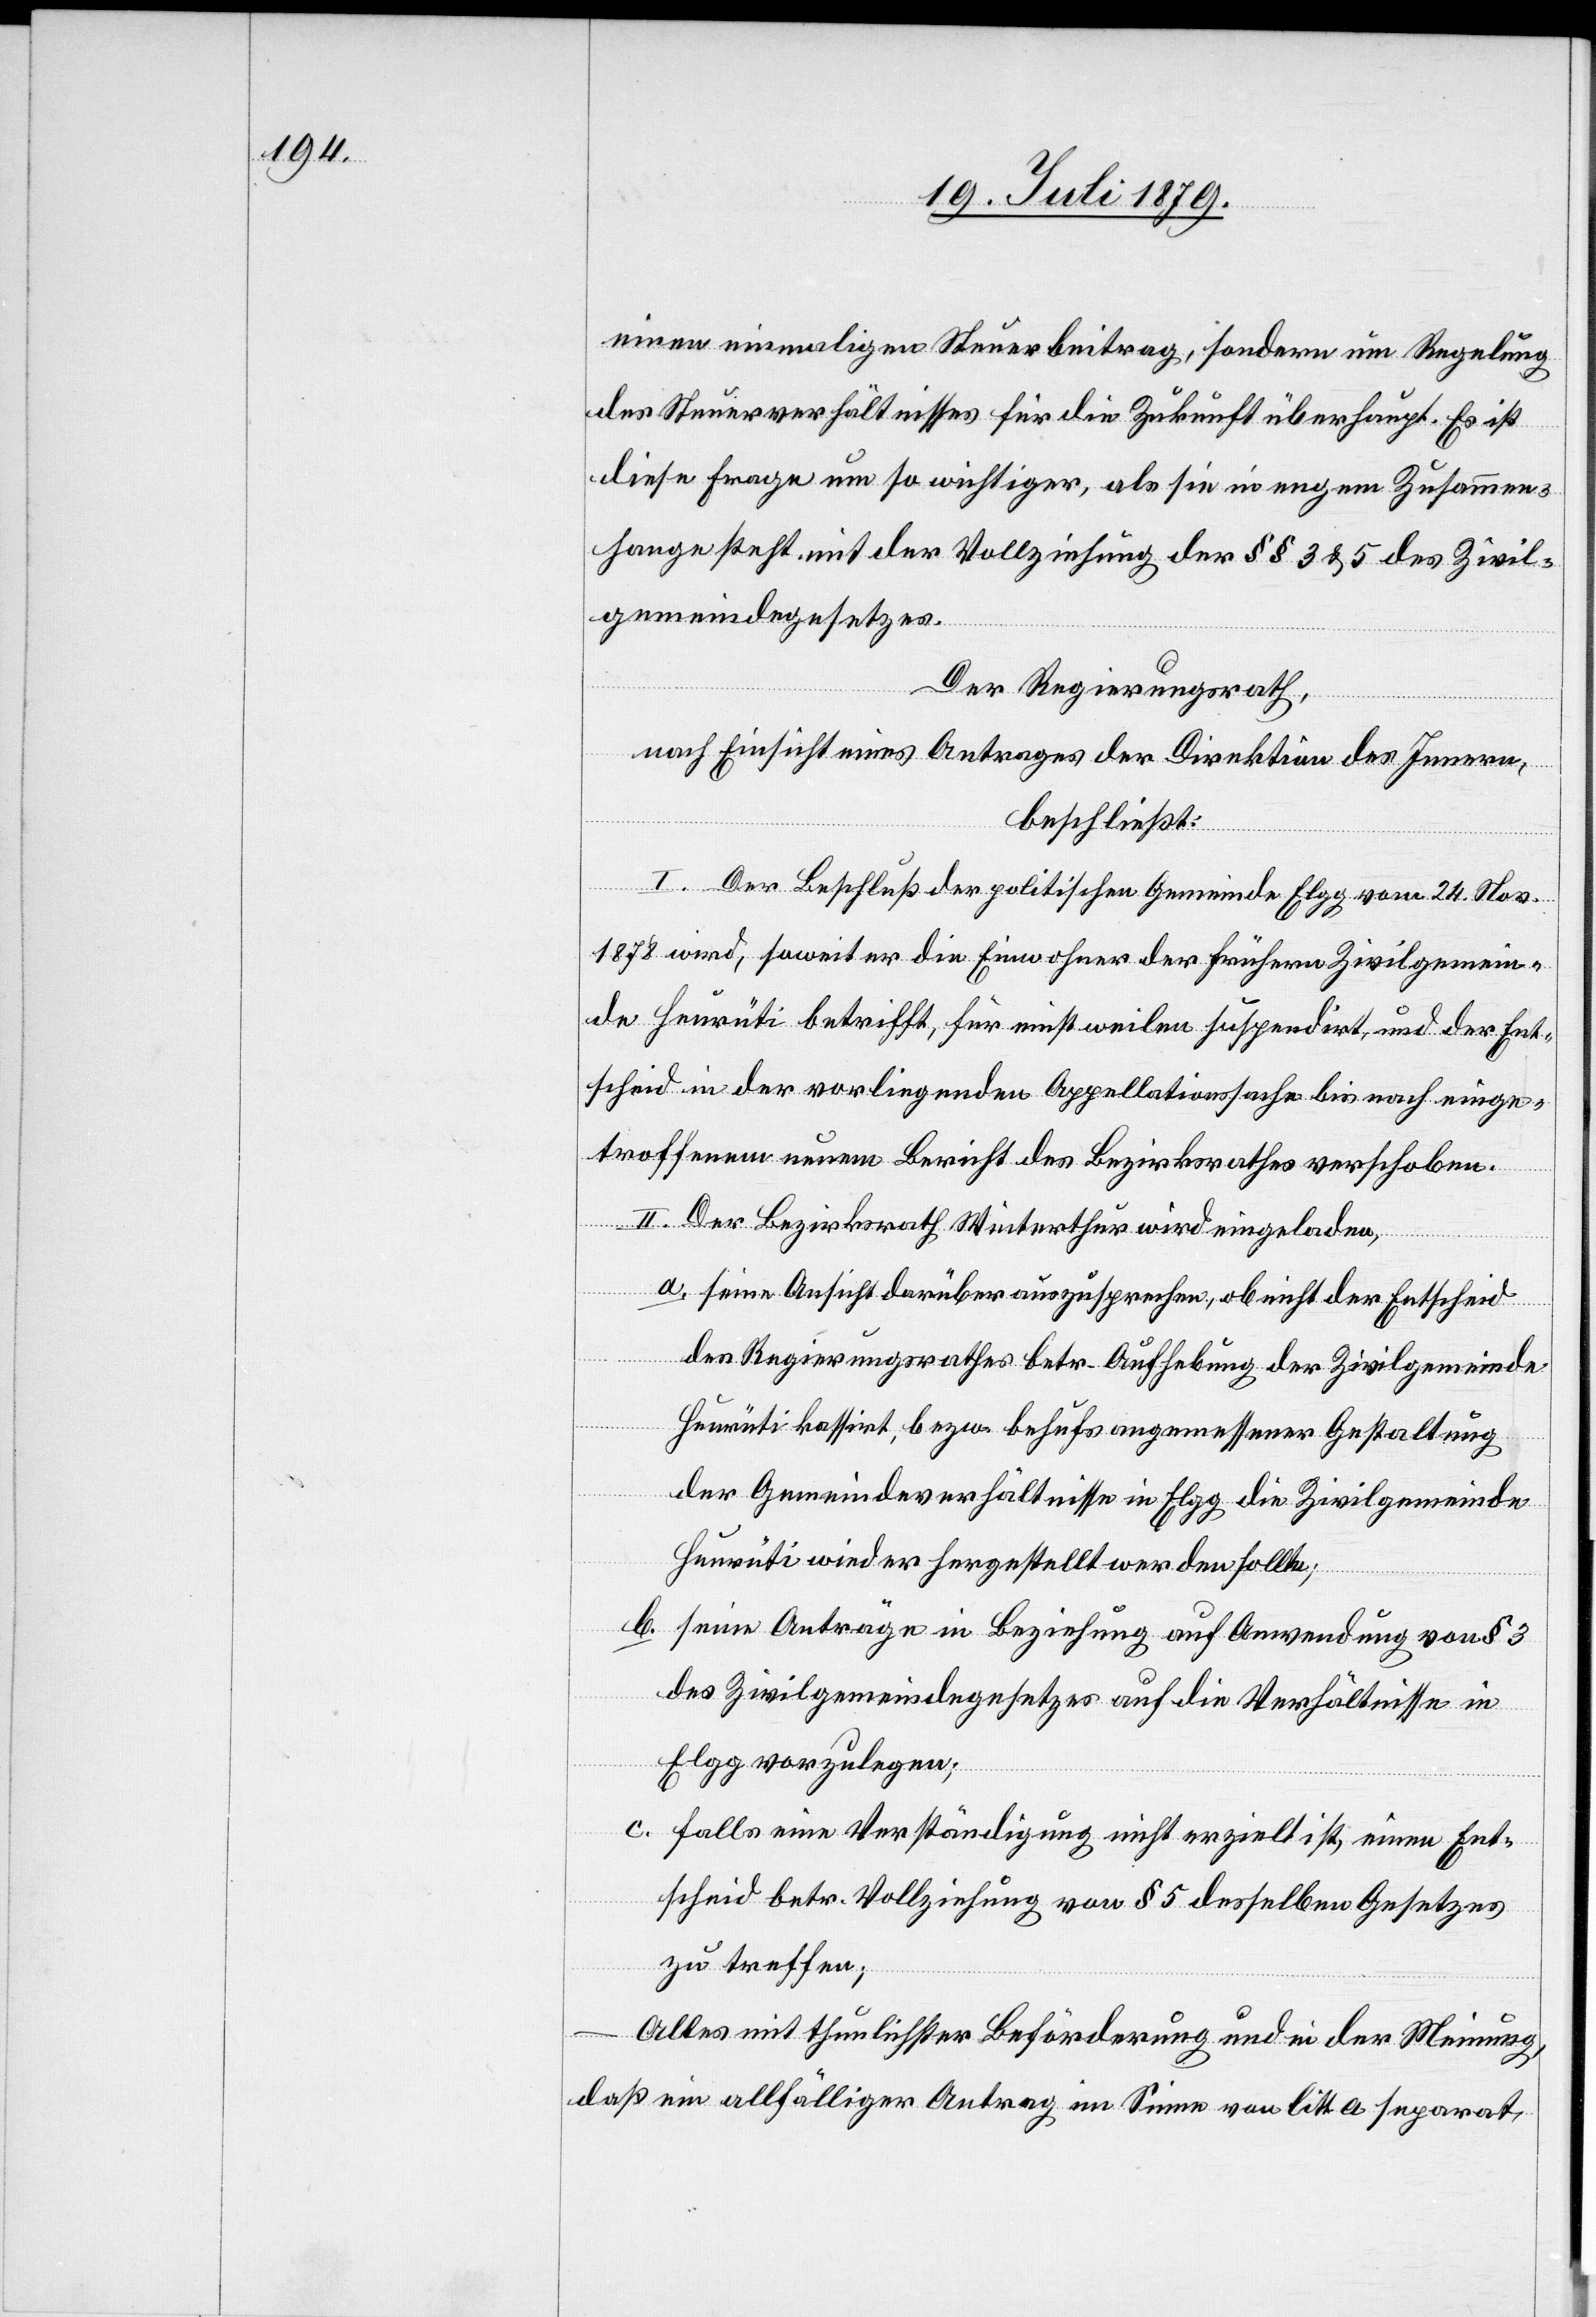
einen einmaligen Steuerbeitrag, sondern um Regelung
des Steuerverhältnisses für die Zukunft überhaupt. Es ist
diese Frage um so wichtiger, als sie in engem Zusammen¬
hange steht mit der Vollziehung der §§ 3 & 5 des Zivil¬
gemeindegesetzes.
Der Regierungsrath,
nach Einsicht eines Antrages der Direktion des Innern,
beschließt:
I. Der Beschluß der politischen Gemeidne Elgg vom 24. Nov.
1878 wird, soweit er die Einwohner der frühern Zivilgemein¬
de Heurüti betrifft, für einstweilen suspendirt, und der Ent¬
scheid in der vorliegenden Appellationssache bis nach einge¬
troffenem neuen Bericht des Bezirksrathes verschoben.
II. Der Bezirksrath Winterthur wird eingeladen,
a.
seine Aussicht darüber auszusprechen, ob nicht der Entscheid
c.
des Regierungsrathes betr. Aufhebung der Zivilgemeinde
Heurüti kassirt, bezw. behufs angemessener Gestaltung
der Gemeindeverhältnisse in Elgg die Zivilgemeinde
Heurüti wieder hergestellt werden sollte;
seine Anträge in Beziehung auf Anwendung von § 3
des Zivilgemeindegesetzes auf die Verhältnisse in
Elgg vorzulegen;
falls eine Verständigung nicht erzielt ist, einen Ent¬
scheid betr. Vollziehung von § 5 desselben Gesetzes
zu treffen;
–
Alles mit thunlichster Beförderung und in der Meinung,
daß ein allfälliger Antrag im Sinne von litt. a separat,